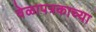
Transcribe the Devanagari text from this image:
वेळापत्रकाच्या